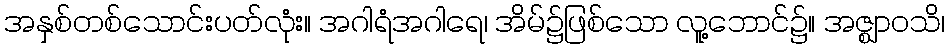
အနှစ်တစ်သောင်းပတ်လုံး။ အဂါရံအဂါရေ၊ အိမ်၌ဖြစ်သော လူ့ဘောင်၌။ အဇ္ဈာဝသိ၊